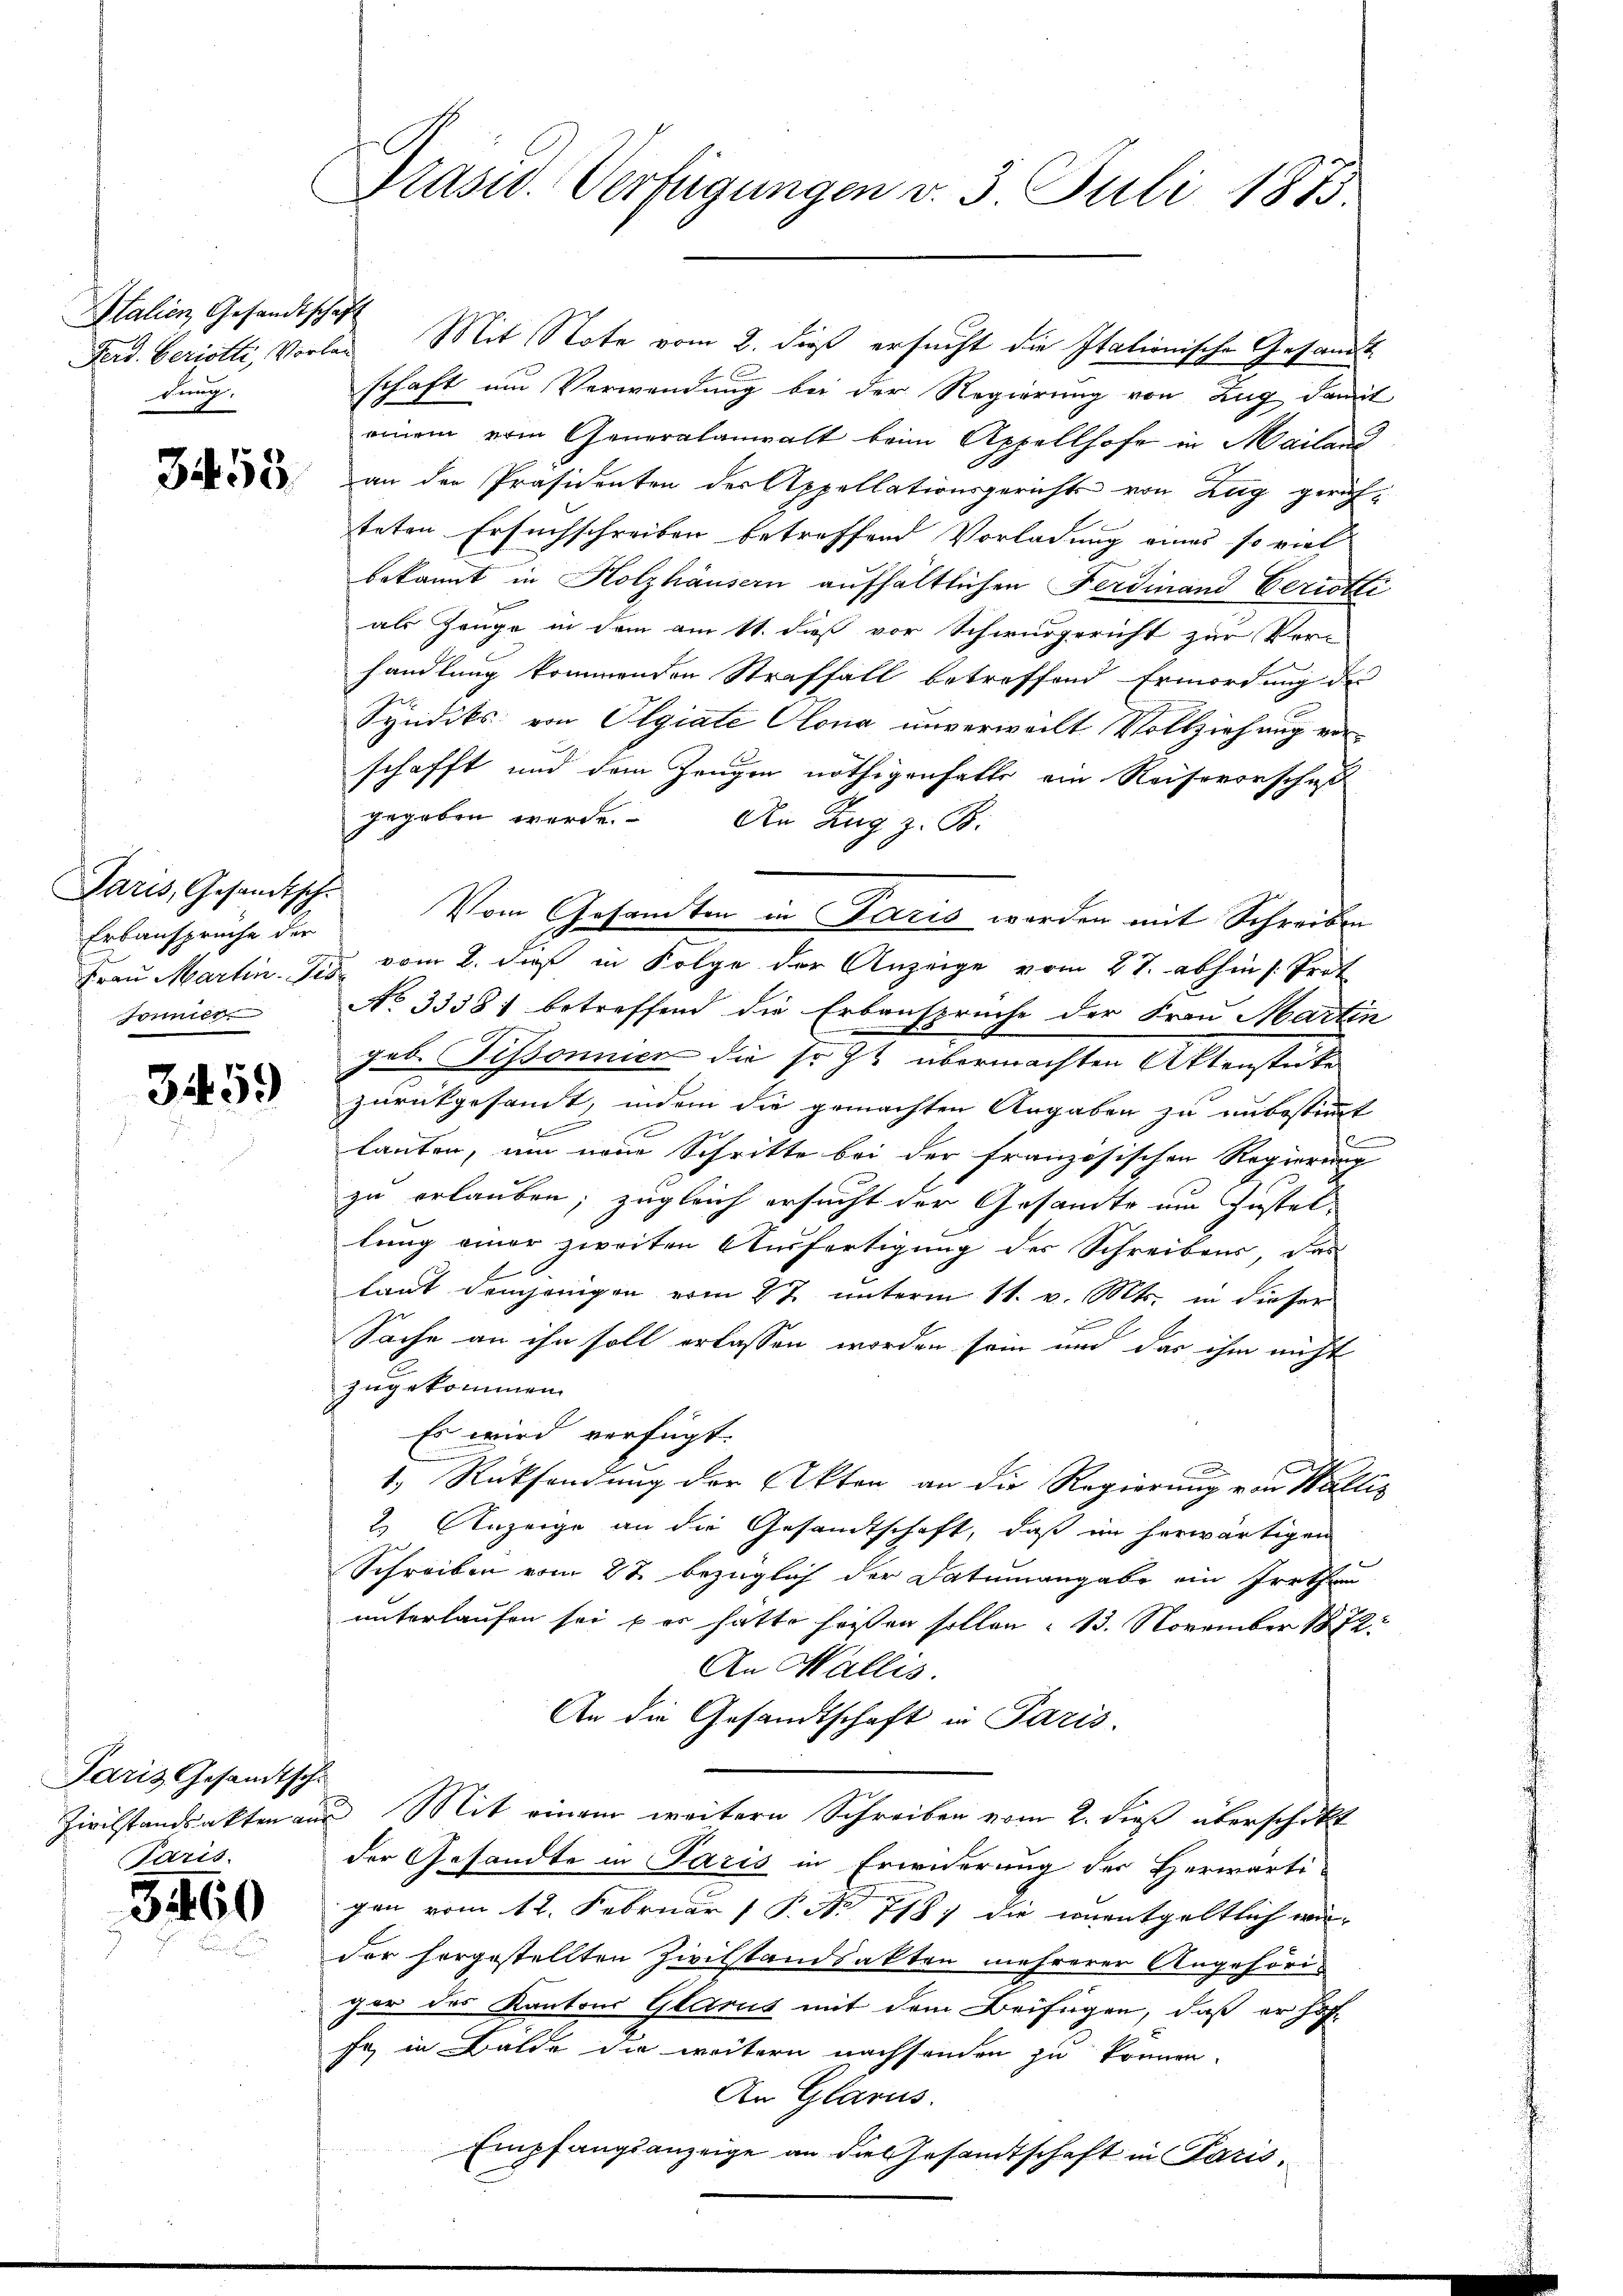
Italien Gesandtschaft
Bern,

3458

Erbansprüche der
Jönnies

3459

Paris Gesandtsche
Paris.

5460

Prasw. Verfügungen v. 3. Juli 1875.

Ferd. beristli, Vorlag Mit Note vom 2. dieß ersucht die Italionische Gesandt
schaft um Verwendung bei der Regierung von Zug damit
einem vom Generalanwalt beim Appellhofe in Mailand
an der Präsidenten der Appellationsgerichts von Zug gerich-
teten Ersuchschreiben betreffend Vorladung eines so viel
bekannt in Holzhäusern aufhältlichen Ferdinand Periotti
als Zeuge in dem am 11. daß vor Schwurgericht zur Ver-
handlung kommenden Straffall betreffend Ermordung des
Syndiks: von Olgiate Olona unverweilt Vollziehung von
schafft und dem Zeugen nöthigenfalle ein Reisevorschuß
gegeben werde. An Zug z. B.
Paris, Gesandtsch. Vom Gesamten in Paris werden mit Schreiben
Frau Martin 3 vom 2. dieß in Folge der Anzeige vom 27. abhin s. Prot
No 33381 betreffend die Erbansprüche der Frau Martin
geb. Fissonnien die so zu übermachten Aktenstücke
zurückgesamt, indem die gemachten Angaben zu unbestimmt
f
lauten, um neue Schritte bei der französischen Regierung
zu erlauben; zugleich ersucht der Gesandte um Zustellung einer zweiten Ausfertigung der Schreibens, das
laut demjenigen vom 27. unterm 11. v. Mts. in dieser
Sache an ihn soll erlassen worden sein und das ihm nicht
zugekommen.
Es wird verfügt:
1.) Rücksendung der Akten an die Regierung von Walli
2. Anzeige an die Gesandtschaft, daß im herwärtigen
Schreiben vom 27. bezüglich der Datumangabe ein Irrthun
unterlaufen sei der hätte heißen sollen : 13. November 1872:
An Wallis.
An die Gesandtschaft in Paris.
Zivilstandsakten aus Mit einem weitern Schreiben vom 2. dieß überschikt
der Gesandte in Paris in Erwiderung der Herwärtigen vom 12. Februar 1 P. Nr. 7187 die unentgeltlich wir
der horgestellten Zivilstandsakten mehrerer Angehöriger des Kantons Glarus mit dem Beifügen, daß er hof-
fe, in Bälde die weitern nachsenden zu können.
An Glarus.
Empfangsanzeige an die Gesandtschaft in Paris.